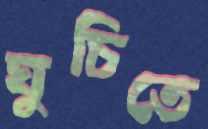
ঘুচিতে